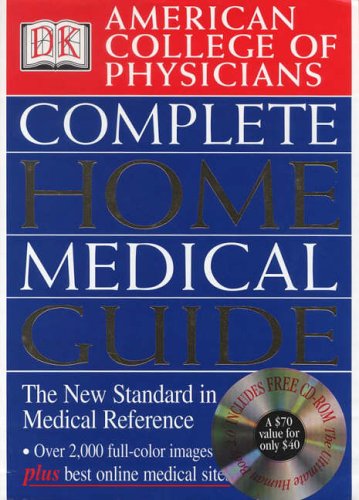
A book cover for American College of Physicians Complete Home Medical Guide (with Interactive Human Anatomy CD-ROM) (American College of Physicians Homecare Guides); DK Publishing; Health, Fitness & Dieting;